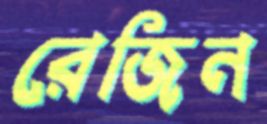
রেজিন